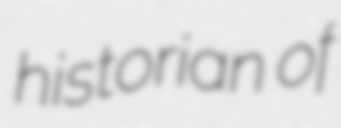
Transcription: historian of